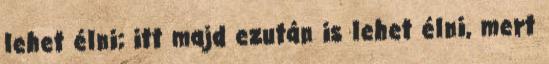
lehet élni; itt majd ezután is lehet élni, mert